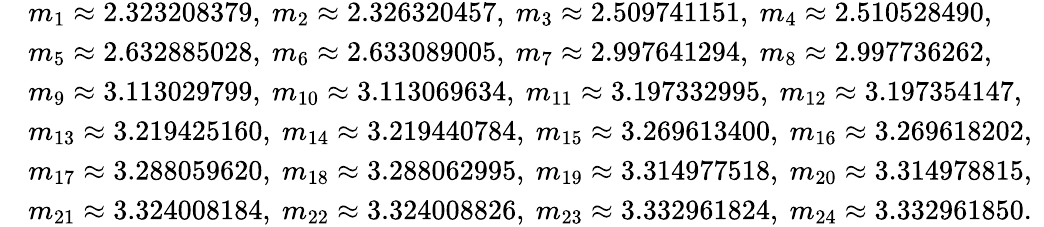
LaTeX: \begin{array}{rl}&{m_{1}\approx 2.323208379,~m_{2}\approx 2.326320457,~m_{3}\approx 2.509741151,~m_{4}\approx 2.510528490,~}\\ &{m_{5}\approx 2.632885028,~m_{6}\approx 2.633089005,~m_{7}\approx 2.997641294,~m_{8}\approx 2.997736262,~}\\ &{m_{9}\approx 3.113029799,~m_{10}\approx 3.113069634,~m_{11}\approx 3.197332995,~m_{12}\approx 3.197354147,~}\\ &{m_{13}\approx 3.219425160,~m_{14}\approx 3.219440784,~m_{15}\approx 3.269613400,~m_{16}\approx 3.269618202,~}\\ &{m_{17}\approx 3.288059620,~m_{18}\approx 3.288062995,~m_{19}\approx 3.314977518,~m_{20}\approx 3.314978815,~}\\ &{m_{21}\approx 3.324008184,~m_{22}\approx 3.324008826,~m_{23}\approx 3.332961824,~m_{24}\approx 3.332961850.}\end{array}